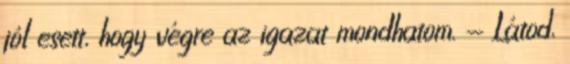
jól esett, hogy végre az igazat mondhatom. - Látod,